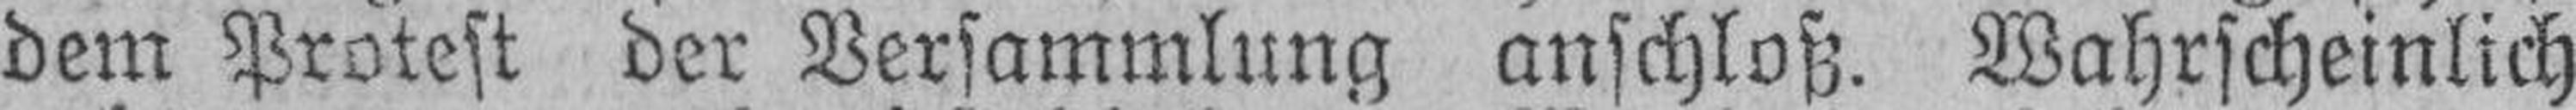
dem Protest der Versammlung anschloß. Wahrscheinlich